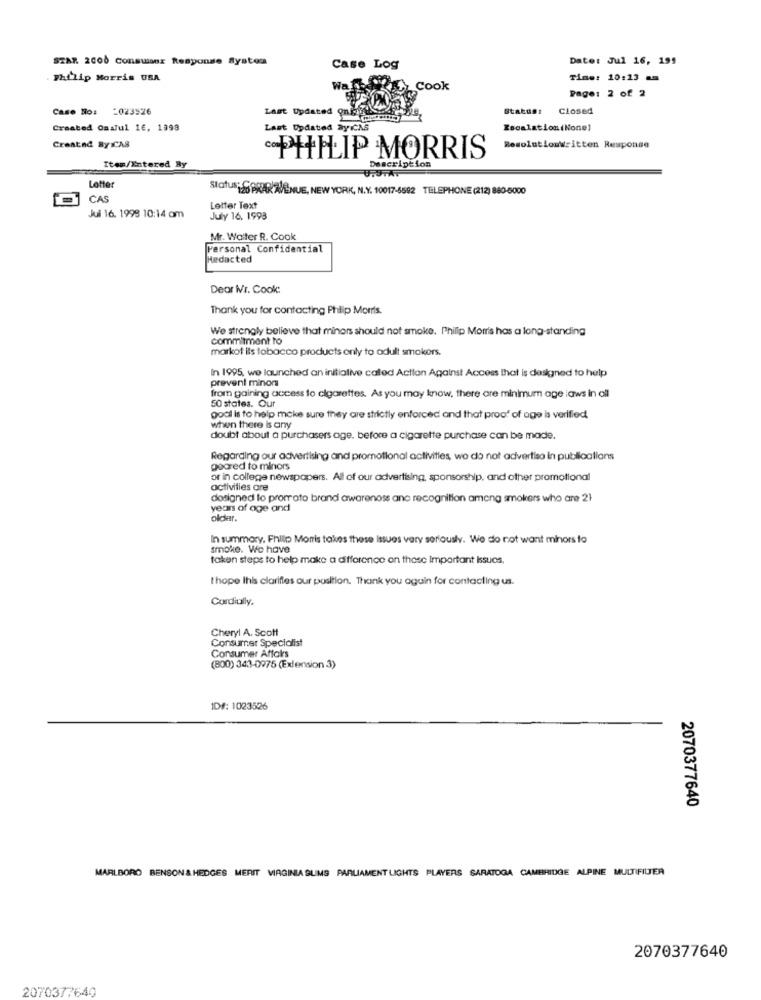
STAR 2000 Conswans Response System
Date: Jul 16, 191
Case Log
. Philip Morris USA
Time: 10:13 am
WA
Cook
Page: 2 of 2
Case No: - 023526
Last Updated On
Status:
Closed
Created On:Jul 16, 1998
Last Updated SycCAS
Escalation(None]
Created Byx'AS
Resolutionwritten Response
PHILIP MORRIS
Description
Item/Intered By
U.STAT
Lotter
Status: SARARAVENUE, NEW YORK, N.Y. 10017-6592 TELEPHONE (212) 880-6000
CAS
Letter Text
Jul 16. 1998 10:14 om
July 16, 1993
Mr. Walter R. Cook
Personal Confidential
Hedacted
Dear Mr. Cook
Thank you for contacting Philip Morris.
We strongly believe that minors should not smoke. Philip Morris has a long-standing
commitment to
markot ils tobacco products only to adult smakors.
In 1995, we launched an initiative called Action Against Access that is designed to help
prevent minors
from gaining access to cigarettes. As you may know, there are minimum age laws in all
50 states. Our
goal is to help make sure they are strictly enforced and that proof of age is verified
when there is any
doubt about a purchasers age, before a cigarette purchase can be made.
Regarding our advertising and promotional activities, wo do not advertise in publications
gocred to minors
or in college newspapers. All of our advertising, sponsorship, and other promotional
activities are
dosigned to promoto brand awarenoss ane recognition among smokers who are 21
years of age and
older.
In summary, Phillip Morris takes these Issues very seriously. We do not want minors to
smoke. We have
taken steps to help make a difference on thesc important issues.
t hope Ihis clarifies our position. Thank you again for contacting us.
Cordiully.
Cheryl A. Scott
Consumer Specialist
Consumer Affairs
(800) 343-0975 (Extension 3)
ID#: 1023526
2070377640
MARLBORO BENSON & HEDGES MERIT VIRGINIA SUMS PARLIAMENT LIGHTS PLAYERS SARATOGA CAMBRIDGE ALPINE MULTIFILTER
2070377640
2070377640